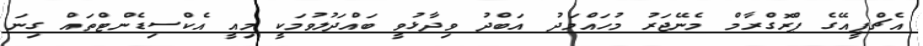
އެޗްޕީއޭގެ ޕްރޮގްރާމް މެނޭޖަރު މުހައްމަދު އަބްދު ވިދާޅުވީ ބައްދަލުވުމަކީ މިއީ އެކްސިޑެންޓްތައް ގިނަ